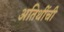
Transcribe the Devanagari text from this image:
अतिथींची